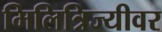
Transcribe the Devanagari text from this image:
मिलित्रिज्यीवर